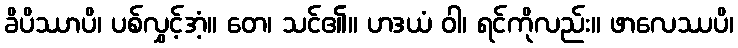
ခိပိဿာပိ၊ ပစ်လွှင့်အံ့။ တေ၊ သင်၏။ ဟဒယံ ဝါ၊ ရင်ကိုလည်း။ ဖာလေဿပိ၊